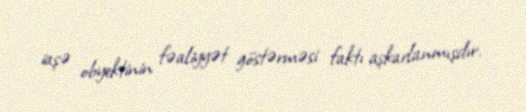
iaşə obyektinin fəaliyyət göstərməsi faktı aşkarlanmışdır.